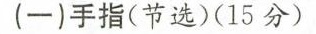
(一)手指(节选)(15分)